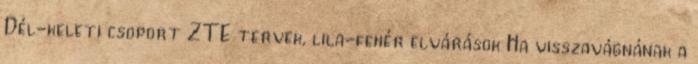
Dél-keleti csoport ZTE tervek, lila-fehér elvárások Ha visszavágnának a